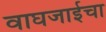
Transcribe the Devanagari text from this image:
वाघजाईचा